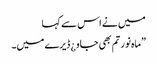
میں نے اس سے کہا
”ماہ نور تم بھی جاو ¿ ڈیرے میں۔